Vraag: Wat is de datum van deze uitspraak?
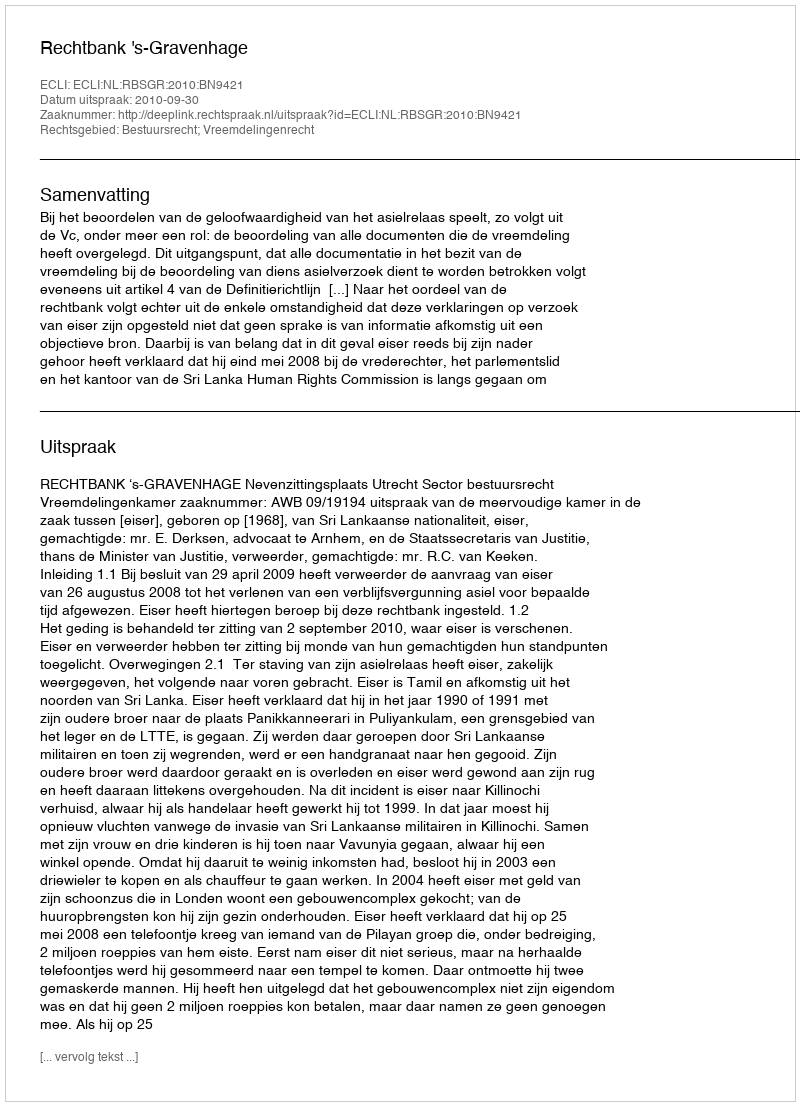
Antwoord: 2010-09-30